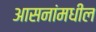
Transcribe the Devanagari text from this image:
आसनांमधील